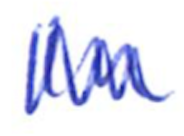
Text: In
Cross-out: zig-zag
Writing tool: ballpoint